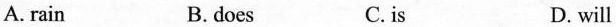
A. rain B.does C.is D. will